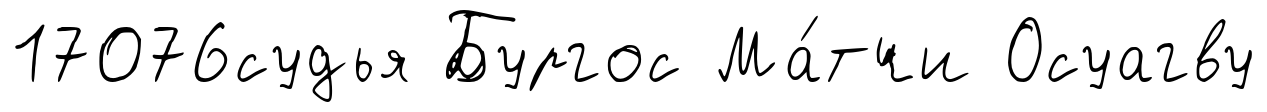
17076судья Бургос Ма́тчи Осуагву